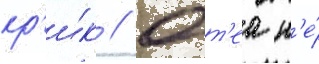
кр'и́к // Олт'еа н'е́